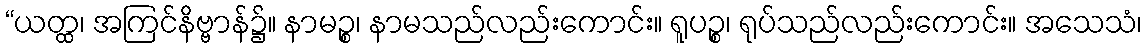
“ယတ္ထ၊ အကြင်နိဗ္ဗာန်၌။ နာမဉ္စ၊ နာမသည်လည်းကောင်း။ ရူပဉ္စ၊ ရုပ်သည်လည်းကောင်း။ အသေသံ၊